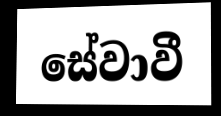
සේවාවී